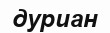
дуриан